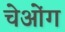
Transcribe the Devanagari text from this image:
चेओंग